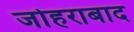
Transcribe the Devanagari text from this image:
जोहराबाद